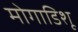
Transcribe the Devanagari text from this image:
मोगाडिशू